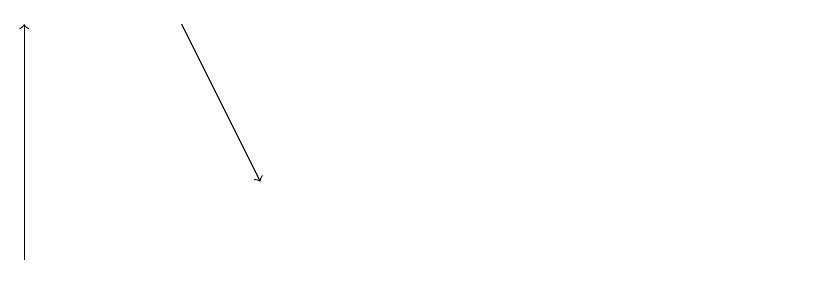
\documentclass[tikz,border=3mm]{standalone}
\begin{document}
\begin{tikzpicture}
\draw (10,11) circle (0);
\draw[->] (0,11) -- (0,14);
\draw[->] (2,14) -- (3,12);
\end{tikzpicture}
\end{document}